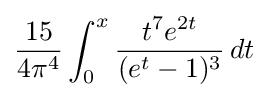
{\frac {15}{4\pi ^{4}}}\int _{0}^{x}{\frac {t^{7}e^{2t}}{(e^{t}-1)^{3}}}\,dt